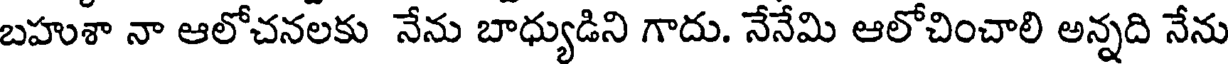
బహుశా నా ఆలోచనలకు నేను బాధ్యుడిని గాదు. నేనేమి ఆలోచించాలి అన్నది నేను